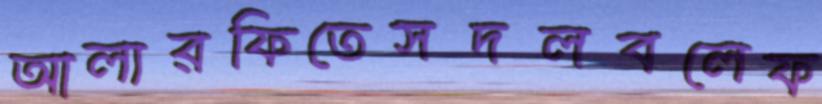
আলারফিতেসদলবলেফ